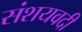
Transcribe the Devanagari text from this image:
संशयवदी